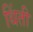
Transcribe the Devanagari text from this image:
थिंती